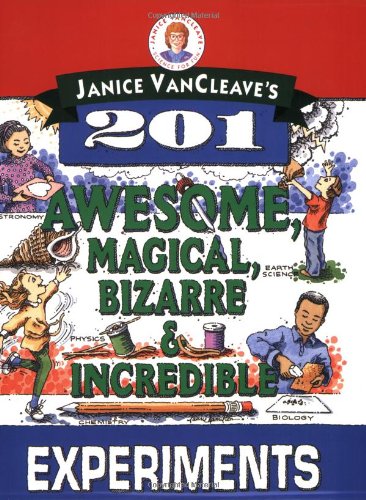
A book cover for Janice VanCleave's 201 Awesome, Magical, Bizarre, & Incredible Experiments; Janice VanCleave; Children's Books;